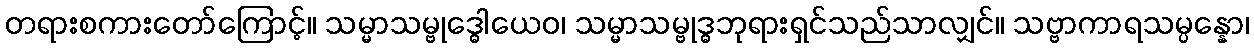
တရားစကားတော်ကြောင့်။ သမ္မာသမ္ဗုဒ္ဓေါယေဝ၊ သမ္မာသမ္ဗုဒ္ဓဘုရားရှင်သည်သာလျှင်။ သဗ္ဗာကာရသမ္ပန္နော၊